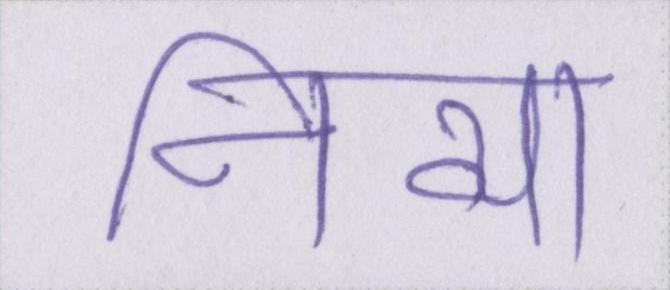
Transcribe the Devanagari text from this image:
निव्या